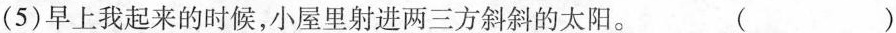
(5)早上我起来的时候，小屋里射进两三方斜斜的太阳。（）